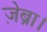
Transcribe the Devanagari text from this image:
ज़ेब्रा।